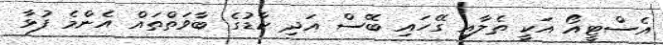
އެސްޓީއޯ އަކީ ތެލާއި ގޭހައި ބޭސް އަދި ކާޑުގެ ބާވަތްތައް އެންމެ ފުޅާ